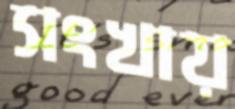
সংখায়